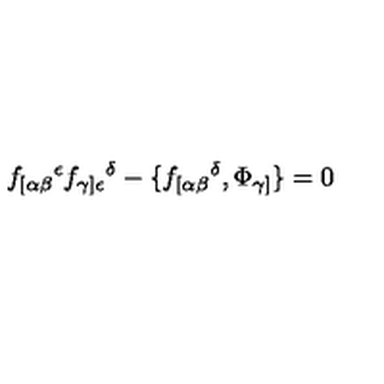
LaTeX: f _ { [ \alpha \beta } { } ^ { \epsilon } f _ { \gamma ] \epsilon } { } ^ { \delta } - \{ f _ { [ \alpha \beta } { } ^ { \delta } , \Phi _ { \gamma ] } \} = 0